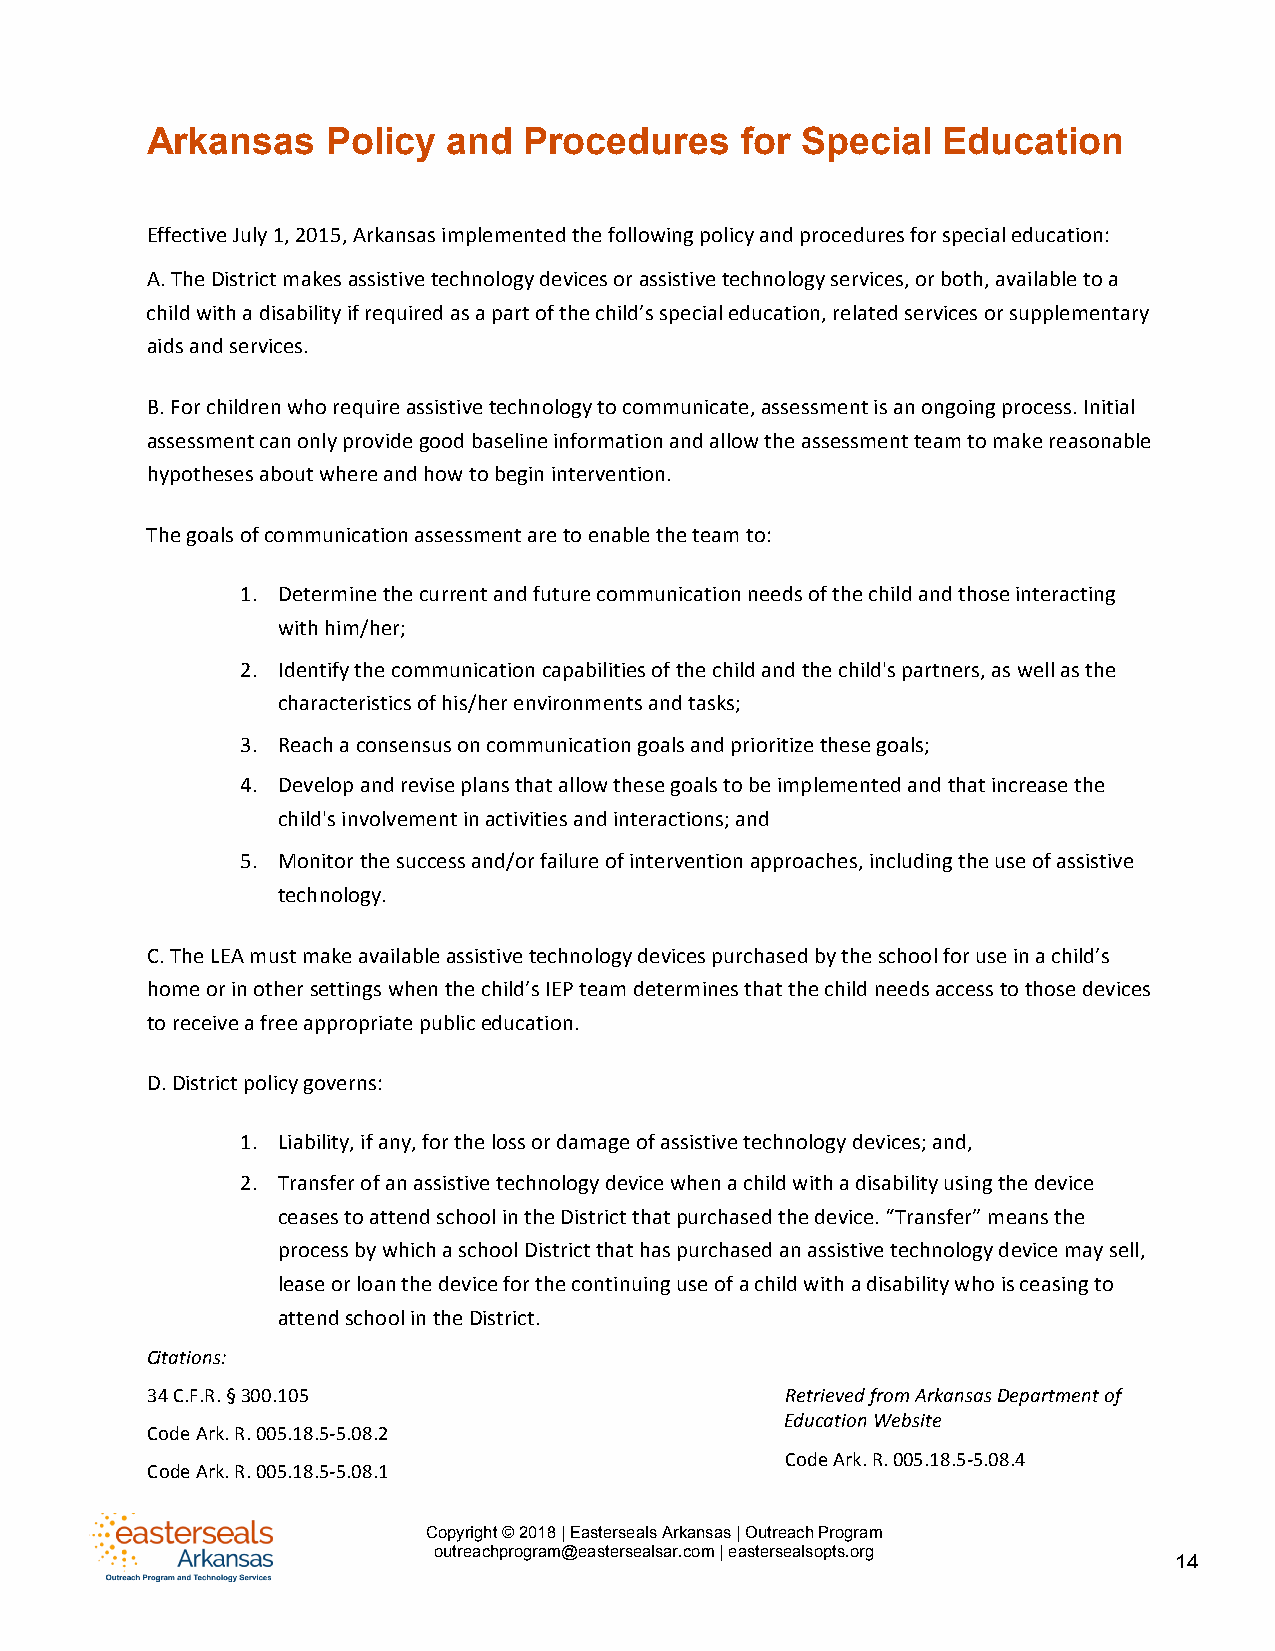
Arkansas    Policy  and  Procedures    for Special  Education
 Effective July 1, 2015, Arkansas implemented the following policy and procedures for special education:
 A. The District makes assistive technology devices or assistive technology services, or both, available to a
 child with a disability if required as a part of the child’s special education, related services or supplementary
 aids and services.
 B. For children who r equire assistive technology to communicate, assessment is an ongoing process. Initial
 assessment can only provide good baseline information and allow the assessment team to make reasonable
 hypotheses about where and how to begin intervention.
 The goals of communication assessment are to enable the team to:
 1. Determine the current and future communication needs of the child and those interacting
 with him/her;
 2. Identify the communication capabilities of the child and the child's partners, as well as the
 characteristics of his/her environments and tasks;
 3. Reach a consensus on c ommunication goals and prioritize these goals;
 4. Develop and revise plans that allow these goals to be implemented and that increase the
 child's involvement in activities and interactions; and
 5. Monitor the success and/or failure of intervention approaches, including the use of assistive
 technology.
 C. The LEA must make available assistive technology devices purchased by the school for use in a child’s
 home or in other settings when the child’s IEP team determines that the child needs access to those devices
 to receive a free appropriate public education.
 D. District policy governs:
 1. Liability, if any, for the loss or damage of assistive technology devices; and,
 2. Transfer of an assistive technology device when a child with a disability using the device
 ceases to attend school in the District that purchased the device. “Transfer” means the
 process by which a school District that has purchased an assistive technology device may sell,
 lease or loan the device for the continuing use of a child with a disability who is ceasing to
 attend school in the District.
 Citations:
 34 C.F.R. § 300.105                       Retrieved from Arkansas Department of
 Education Website
 Code Ark. R. 005.18.5-5.08.2
 Code Ark. R. 005.18.5-5.08.4
 Code Ark. R. 005.18.5-5.08.1
 Copyright © 2018 | Easterseals Arkansas | Outreach Program
 outreachprogram@eastersealsar.com | eastersealsopts.org
 14